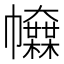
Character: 𢅿